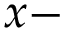
x -